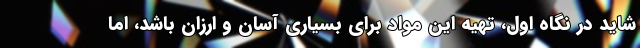
شاید در نگاه اول، تهیه این مواد برای بسیاری آسان و ارزان باشد، اما